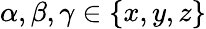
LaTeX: \alpha,\beta,\gamma\in\left\lbrace x,y,z\right\rbrace